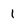
Character: 1